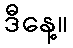
ဒီနေ့။